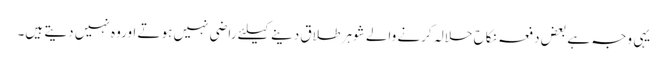
یہی وجہ ہے بعض دفعہ نکاح حلالہ کرنے والے شوہر طلاق دینے کیلئے راضی نہیں ہوتے اوروہ نہیں دیتے ہیں۔